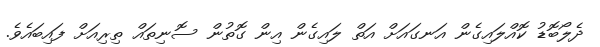
ދެލޯބޮޑު ކޮއްލައިގެން އަނގައަށް އަތް ލައިގެން އިން ގޮތުން ސޮނިތައް ތިރިއަށް ފައިބައެވެ.